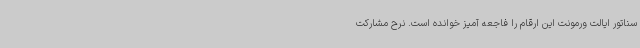
سناتور ایالت ورمونت این ارقام را فاجعه آمیز خوانده است. نرح مشارکت